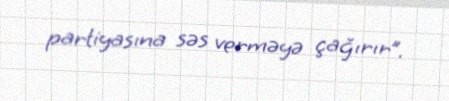
partiyasına səs verməyə çağırır”.